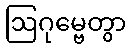
ဩဂုမ္ဗေတွာ